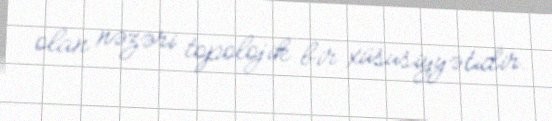
olan nəzəri topolojik bir xüsusiyyətidir.